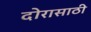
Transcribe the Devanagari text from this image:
दोरासाठी